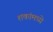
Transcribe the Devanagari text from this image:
शकांमध्ये